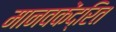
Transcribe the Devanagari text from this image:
मानवकेंद्रित